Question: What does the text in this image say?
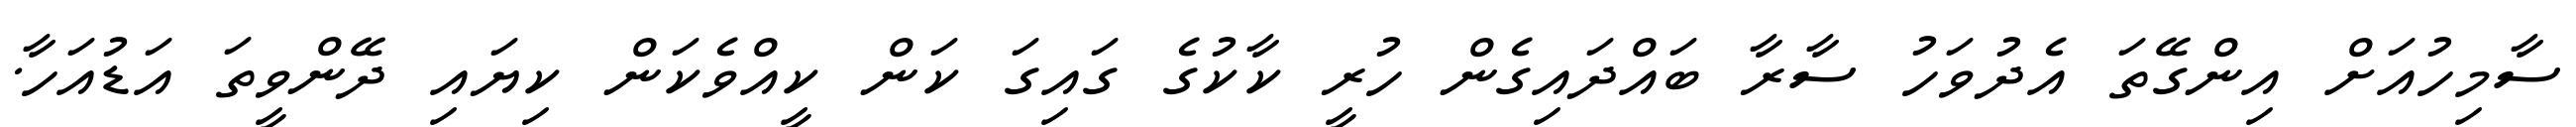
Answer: ސާމިހުއަށް އިންގޭތަ އެދުވަހު ސާރާ ބައްދައިގެން ހުރީ ކާކުގެ ގައިގަ ކަން ކީއްވެކަން ކިޔައި ދޭންވީތަ އަޑުއަހާ.